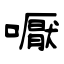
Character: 嚈